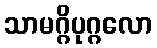
သာမဂ္ဂိပုဂ္ဂလော